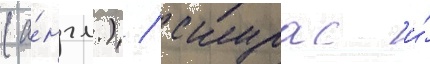
(а́нгл.) / скурас и́